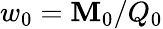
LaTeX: w_{0}=\mathbf{M}_{0}/Q_{0}